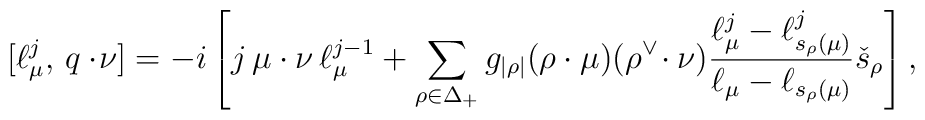
[\ell^j_\mu,\,q\cdot\!\nu]=-i\left[j\,\mu\cdot\nu \,\ell_\mu^{j-1}    +\sum_{\rho\in\Delta_+}g_{|\rho|}(\rho\cdot\mu)(\rho^\vee\!\cdot\nu)     \frac{\ell_\mu^j-\ell^j_{s_\rho(\mu)}}      {\ell_\mu-\ell_{s_{\rho}(\mu)}}\check{s}_\rho\right],